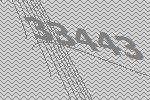
33443